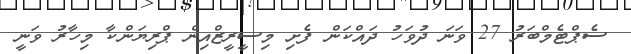
ސެޕްޓެމްބަރު 27 ވަނަ ދުވަހު ދައްކަން ފެށި މިސީރީޒްއިން ޕްރިޔަންކާ މިހާރު ވަނީ